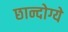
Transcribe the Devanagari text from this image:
छान्दोग्ये